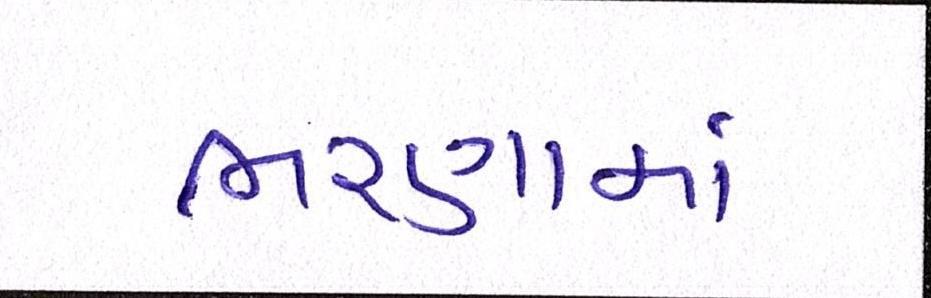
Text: ભરણામાં